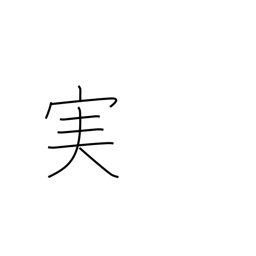
Meaning: fruit